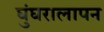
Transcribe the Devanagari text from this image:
घुंघरालापन